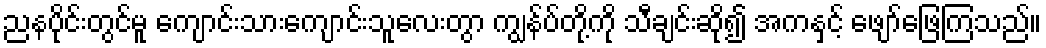
ညနပိုင်းတွင်မူ ကျောင်းသားကျောင်းသူလေးတွာ ကျွန်ပ်တို့ကို သီချင်းဆို၍ အကနှင့် ဖျော်ဖြေကြသည်။